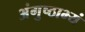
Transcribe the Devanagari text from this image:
अंगुष्ठाभ्यं